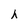
Character: h